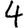
Digit: 4